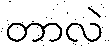
တာလဲ